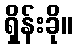
ရှိန်းခို။